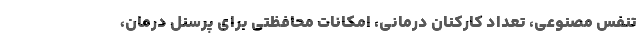
تنفس مصنوعی، تعداد کارکنان درمانی، امکانات محافظتی برای پرسنل درمان،